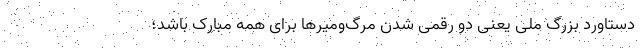
دستاورد بزرگ ملی یعنی دو رقمی شدن مرگ‌ومیرها برای همه مبارک باشد؛